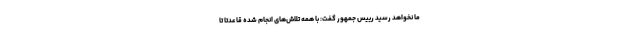
ما نخواهد رسید رییس جمهور گفت: با همه تلاش‌های انجام شده قاعدتا تا